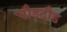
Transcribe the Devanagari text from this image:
घौडदौड